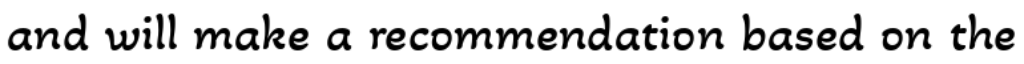
and will make a recommendation based on the